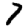
Digit: 7